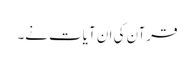
قرآن کی ان آیات نے۔